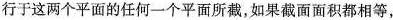
行于这两个平面的任何一个平面所截，如果截面面积都相等，